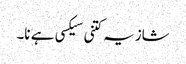
شازیہ کتنی سیکسی ہے نا۔